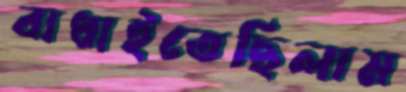
বাধাইতেছিলাম